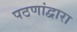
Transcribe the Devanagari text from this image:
पठणांद्वारा